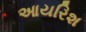
આયરિશ